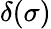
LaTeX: \delta(\sigma)